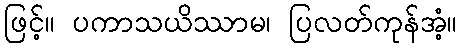
ဖြင့်။ ပကာသယိဿာမ၊ ပြလတ်ကုန်အံ့။